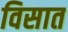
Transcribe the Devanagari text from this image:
विसात